Indian journal of veterinary science and animal husbandry - Volume 5,
Year: 1935
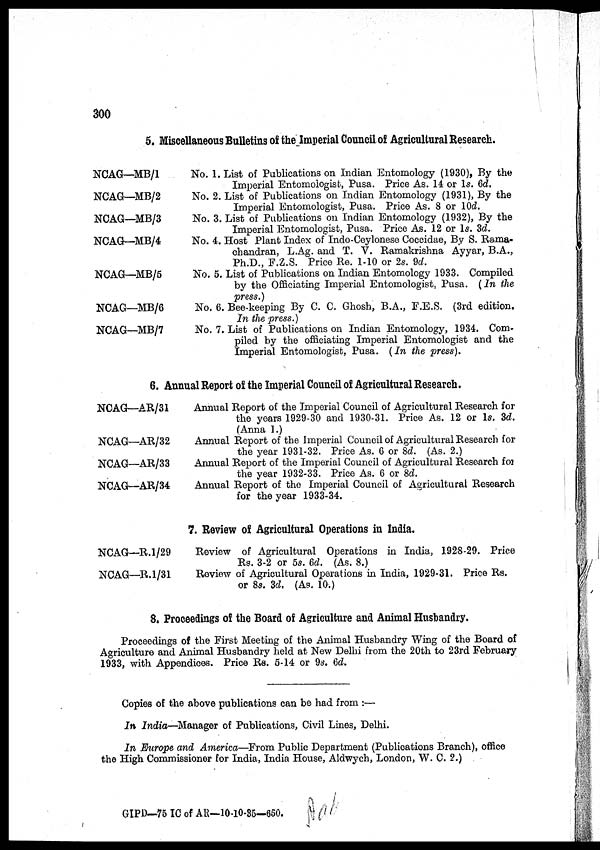
300
5. Miscellaneous Bulletins of the Imperial Council of Agricultural Research.
NCAG—MB/1
NCAG—MB/2
NCAG—MB/3
NCAG—MB/4
NCAG—MB/5
NCAG—MB/6
NCAG—MB/7
No. 1.
No. 2.
No. 3.
No. 4.
No. 5.
No. 6.
No. 7
List of Publications on Indian Entomology (1930), By the
Imperial Entomologist, Pusa. Price As. 14 or 1s. 6d.
List of Publications on Indian Entomology (1931), By the
Imperial Entomologist, Pusa. Price As. 8 or 10d.
List of Publications on Indian Entomology (1932), By the
Imperial Entomologist, Pusa. Price As. 12 or 1s. 3d.
Host Plant Index of Indo-Ceylonese Coccidae, By S. Rama-
chandran, L.Ag. and T. V. Ramakrishna Ayyar, B.A.,
Ph.D., F.Z.S. Price Re. 1-10 or 2s. 9d.
List of Publications on Indian Entomology 1933. Compiled
by the Officiating Imperial Entomologist, Pusa. (In the
press.)
Bee-keeping By C. C. Ghosh, B.A., F.E.S. (3rd edition.
In the press.)
. List of Publications on Indian Entomology, 1934. Com-
piled by the officiating Imperial Entomologist and the
Imperial Entomologist, Pusa. (In the press).
6. Annual Report of the Imperial Council of Agricultural Research.
NCAG—AR/31
NCAG—AR/32
NCAG—AR/33
NCAG—AR/34
Annual Report of the Imperial Council of Agricultural Research for
the years 1929-30 and 1930-31. Price As. 12 or 1s. 3d.
(Anna 1.)
Annual Report of the Imperial Council of Agricultural Research for
the year 1931-32. Price As. 6 or 8d. (As. 2.)
Annual Report of the Imperial Council of Agricultural Research for
the year 1932-33. Price As. 6 or 8d.
Annual Report of the Imperial Council of Agricultural Research
for the year 1933-34.
7. Review of Agricultural Operations in India.
NCAG—R.l/29
NCAG—R.l/31
Review of Agricultural Operations in India, 1928-29. Price
Rs. 3-2 or 5s. 6d. (As. 8.)
Review of Agricultural Operations in India, 1929-31. Price Rs.
or 8s. 3d. (As. 10.)
8. Proceedings of the Board of Agriculture and Animal Husbandry.
Proceedings of the First Meeting of the Animal Husbandry Wing of the Board of
Agriculture and Animal Husbandry held at New Delhi from the 20th to 23rd February
1933, with Appendices. Price Rs. 5-14 or 9s. 6d.
Copies of the above publications can be had from :—
In India—Manager of Publications, Civil Lines, Delhi.
In Europe and America—From Public Department (Publications Branch), office
the High Commissioner for India, India House, Aldwych, London, W. C. 2.)
GIPD—75 IC of AR—10-10-35—650.